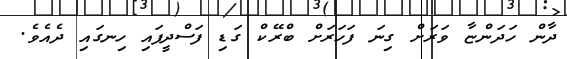
ދާން ހަދަންޏާ ވަރަށް ގިނަ ފަހަރަށް ބްރޭކް ގަޑި ފަސްދީފައި ހިނގައި ދެއެވެ.